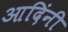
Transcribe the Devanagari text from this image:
आदिंनी